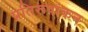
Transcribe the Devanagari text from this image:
प्रतिरूपांकन